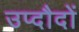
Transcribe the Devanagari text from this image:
उप्दौदों